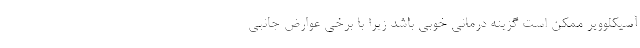
آسیکلوویر ممکن است گزینه درمانی خوبی باشد زیرا با برخی عوارض جانبی